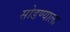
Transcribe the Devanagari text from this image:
सोडण्याला